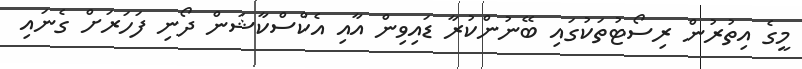
މީގެ އިތުރުން ރިސޯޓުތަކުގައި ބޭނުންކުރާ ޑައިވިން އާއި އެކްސްކާޝަން ދޯނި ފަހަރަށް ގެނައި